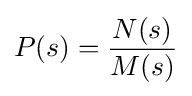
P(s)={\frac {N(s)}{M(s)}}